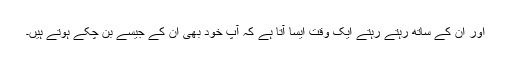
اور ان کے ساتھ رہتے رہتے ایک وقت ایسا آتا ہے کہ آپ خود بھی ان کے جیسے بن چکے ہوتے ہیں۔